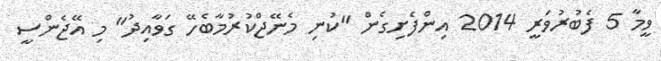
ވީމާ 5 ފެބުރުވަރީ 2014 އިންފެށިގެން "ކުނި މެނޭޖްކުރުމާބެހޭ ގަވާއިދު" މި އޭޖެންސީ